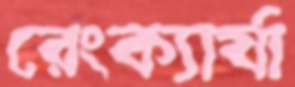
রেংক্যার্যা